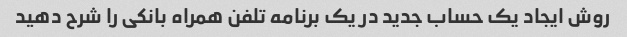
روش ایجاد یک حساب جدید در یک برنامه تلفن همراه بانکی را شرح دهید